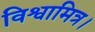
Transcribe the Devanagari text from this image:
विश्वामित्र।